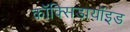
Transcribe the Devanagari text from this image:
कॉक्सिडायॉइड